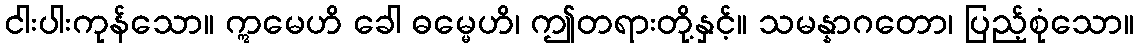
ငါးပါးကုန်သော။ ဣမေဟိ ခေါ ဓမ္မေဟိ၊ ဤတရားတို့နှင့်။ သမန္နာဂတော၊ ပြည့်စုံသော။